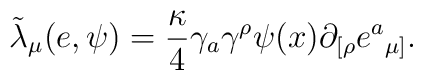
{\tilde \lambda}_{\mu}(e, \psi)        = {\kappa \over 4}\gamma_{a} \gamma^{\rho} \psi(x) \partial_{[\rho} e{^a}_{\mu]}.